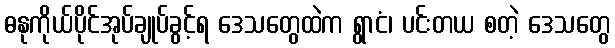
ဓနုကိုယ်ပိုင်အုပ်ချုပ်ခွင့်ရ ဒေသတွေထဲက ရွာငံ၊ ပင်းတယ စတဲ့ ဒေသတွေ